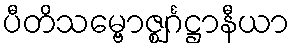
ပီတိသမ္ဗောဇ္ဈင်္ဂဋ္ဌာနီယာ